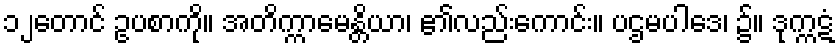
၁၂တောင် ဥပစာကို။ အတိက္ကာမေန္တိယာ၊ ၏လည်းကောင်း။ ပဌမပါဒေ၊ ၌။ ဒုက္ကဋံ